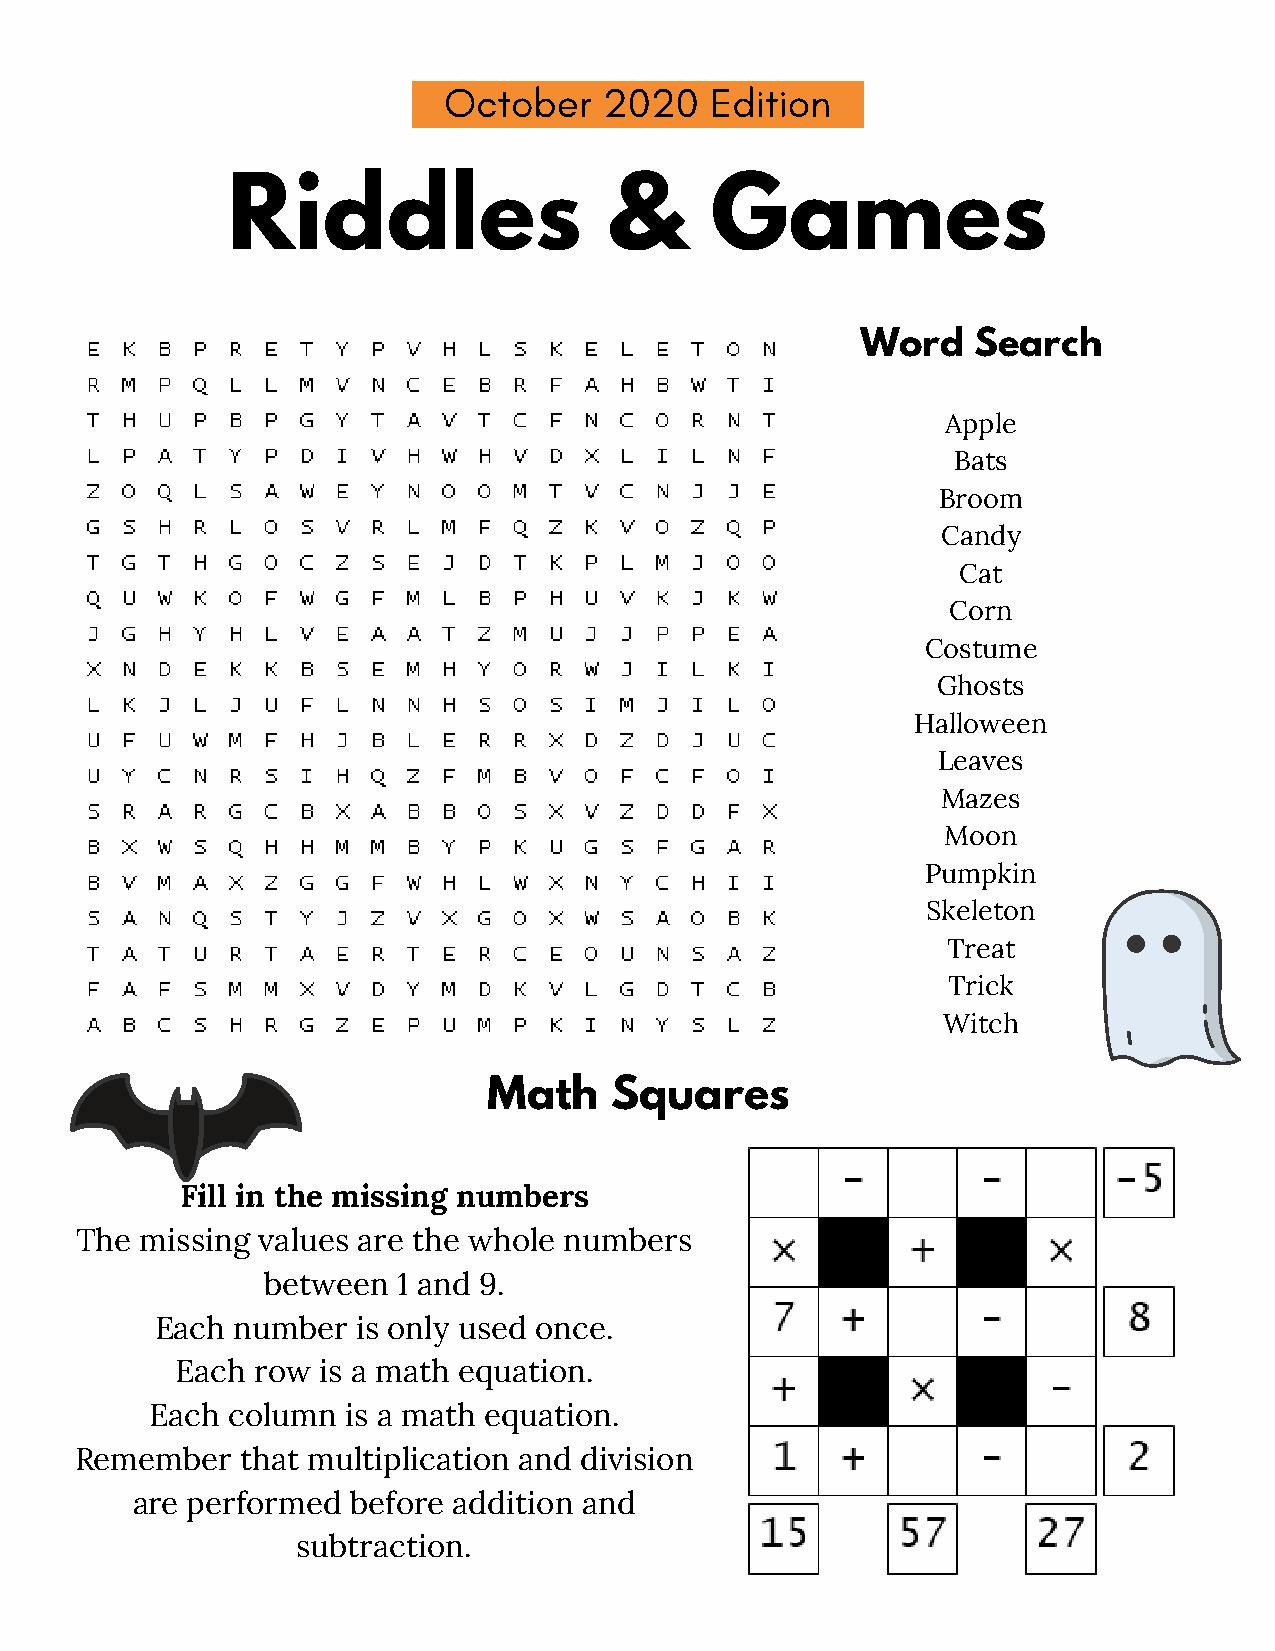
October    2020   Edition
 Riddles                  &      Games
 Word    Search
 Apple
 Bats
 Broom
 Candy
 Cat
 Corn
 Costume
 Ghosts
 Halloween
 Leaves
 Mazes
 Moon
 Pumpkin
 Skeleton
 Treat
 Trick
 Witch
 Math    Squares
 Fill in the missing numbers
 The missing values are the whole numbers
 between  1 and 9.
 Each number   is only used once.
 Each row is a math equation.
 Each column  is a math equation.
 Remember   that multiplication and division
 are performed before addition and
 subtraction.